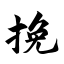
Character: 挽